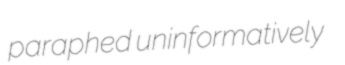
paraphed uninformatively